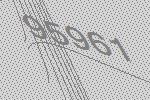
95961